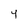
Character: Y